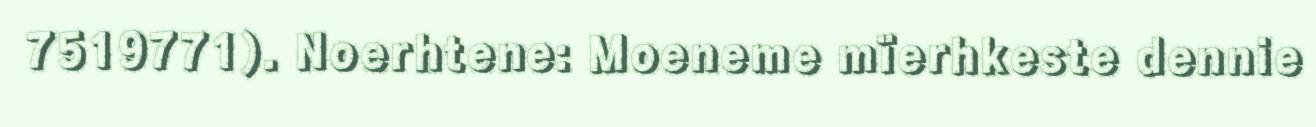
7519771). Noerhtene: Moeneme mïerhkeste dennie